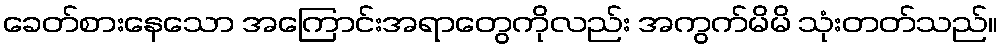
ခေတ်စားနေသော အကြောင်းအရာတွေကိုလည်း အကွက်မိမိ သုံးတတ်သည်။